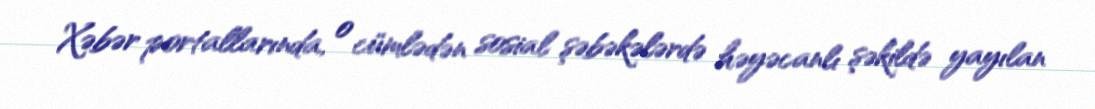
Xəbər portallarında, o cümlədən sosial şəbəkələrdə həyəcanlı şəkildə yayılan